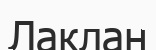
Лаклан